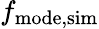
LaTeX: f_{\mathrm{mode,sim}}